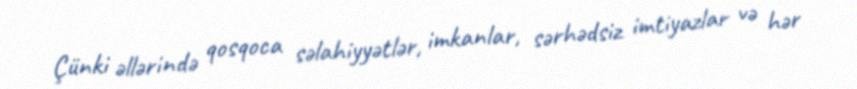
Çünki əllərində qosqoca səlahiyyətlər, imkanlar, sərhədsiz imtiyazlar və hər